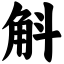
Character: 斛